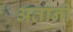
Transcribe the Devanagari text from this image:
अतानी